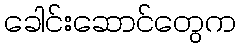
ခေါင်းဆောင်တွေက